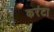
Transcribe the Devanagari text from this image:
करंटा